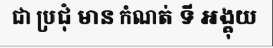
ជា ប្រជុំ មាន កំណត់ ទី អង្គុយ